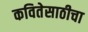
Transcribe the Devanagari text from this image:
कवितेसाठीचा